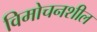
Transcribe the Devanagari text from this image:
विमोचनशील